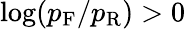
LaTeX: \log(p_{\mathrm{F}}/p_{\mathrm{R}})>0